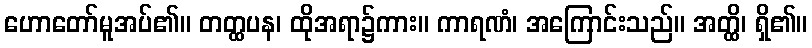
ဟောတော်မူအပ်၏။ တတ္ထပန၊ ထိုအရာ၌ကား။ ကာရဏံ၊ အကြောင်းသည်။ အတ္ထိ၊ ရှိ၏။